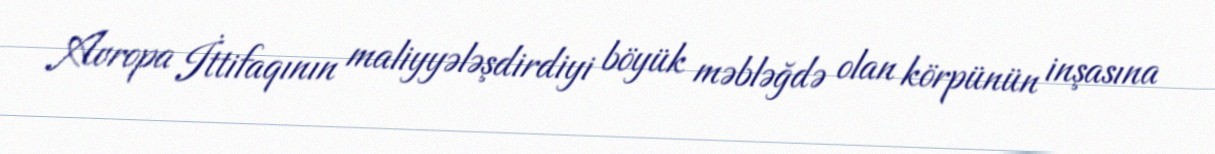
Avropa İttifaqının maliyyələşdirdiyi böyük məbləğdə olan körpünün inşasına